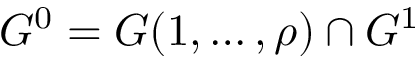
G ^ { 0 } = G ( 1 , \ldots , \rho ) \cap G ^ { 1 }